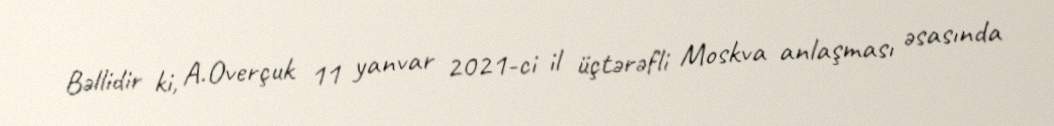
Bəllidir ki, A.Overçuk 11 yanvar 2021-ci il üçtərəfli Moskva anlaşması əsasında